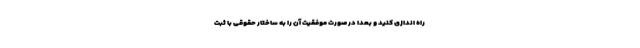
راه اندازی کنید و بعدا در صورت موفقیت آن را به ساختار حقوقی با ثبت